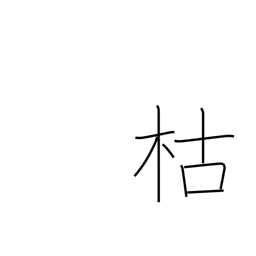
Meaning: die